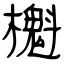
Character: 櫆